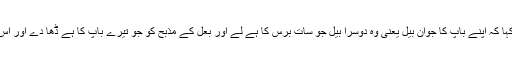
25اور اُسی رات خُداوند نے اُسے کہا کہ اپنے باپ کا جوان بَیل یعنی وہ دُوسرا بَیل جو سات برس کا ہے لے اور بعل کے مذبح کو جو تیرے باپ کا ہے ڈھا دے اور اُس کے پاس کی یسِیرت کو کاٹ ڈال۔